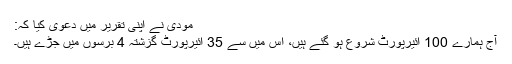
مودی نے اپنی تقریر میں دعویٰ کیا کہ:
آج ہمارے 100 ائیرپورٹ شروع ہو گئے ہیں، اس میں سے 35 ائیرپورٹ گزشتہ 4 برسوں میں جڑے ہیں۔